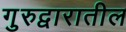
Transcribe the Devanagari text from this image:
गुरुद्वारातील